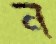
ন